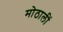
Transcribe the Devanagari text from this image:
मोठालीं